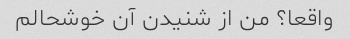
واقعا؟ من از شنیدن آن خوشحالم